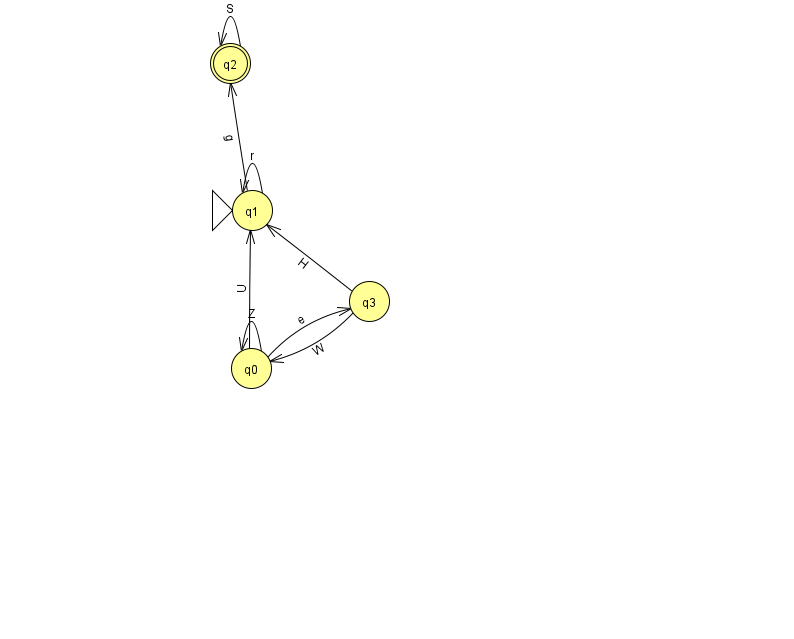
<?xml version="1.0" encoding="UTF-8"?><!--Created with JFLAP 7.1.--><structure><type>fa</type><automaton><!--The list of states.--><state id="0" name="q0"><x>251.0</x><y>355.0</y></state><state id="1" name="q1"><x>252.0</x><y>197.0</y><initial/></state><state id="2" name="q2"><x>230.0</x><y>50.0</y><final/></state><state id="3" name="q3"><x>369.0</x><y>288.0</y></state><!--The list of transitions.--><transition><from>1</from><to>1</to><read>r</read></transition><transition><from>2</from><to>2</to><read>S</read></transition><transition><from>1</from><to>2</to><read>g</read></transition><transition><from>0</from><to>0</to><read>Z</read></transition><transition><from>3</from><to>1</to><read>H</read></transition><transition><from>0</from><to>3</to><read>e</read></transition><transition><from>3</from><to>0</to><read>W</read></transition><transition><from>0</from><to>1</to><read>U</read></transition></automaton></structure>